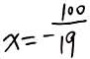
x = - \frac { 1 0 0 } { 1 9 }